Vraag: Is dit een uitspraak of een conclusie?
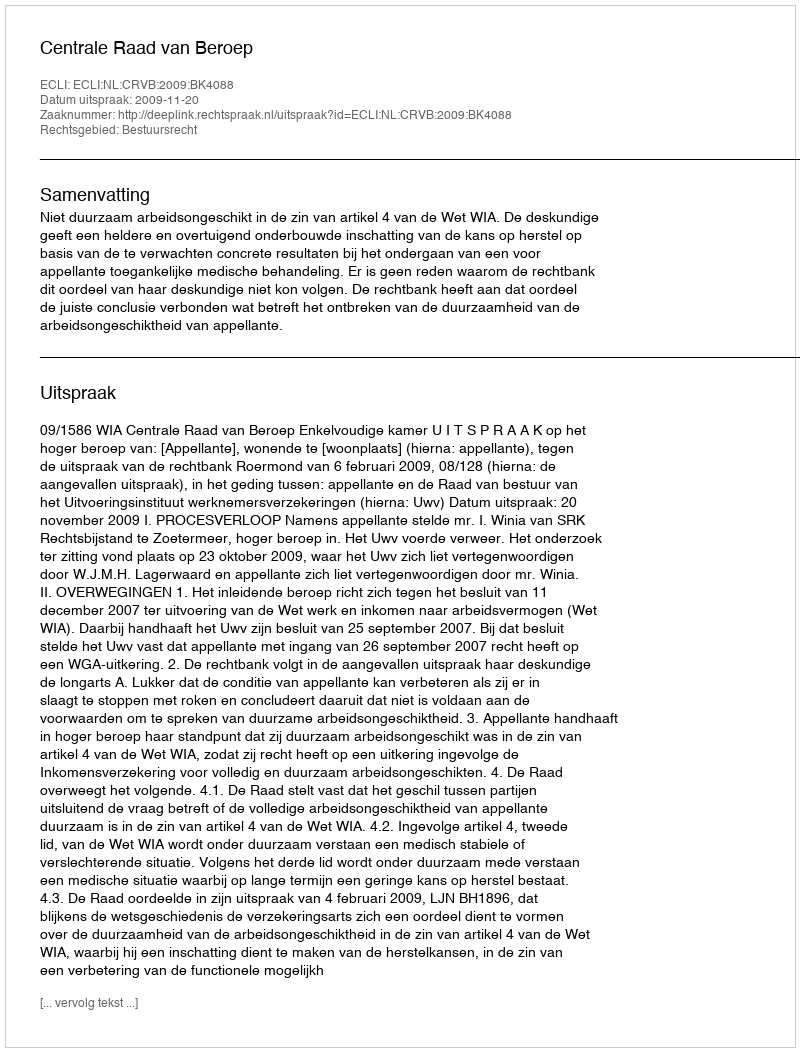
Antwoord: Uitspraak